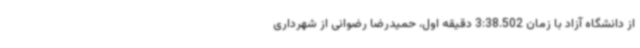
از دانشگاه آزاد با زمان 3:38.502 دقیقه اول، حمیدرضا رضوانی از شهرداری